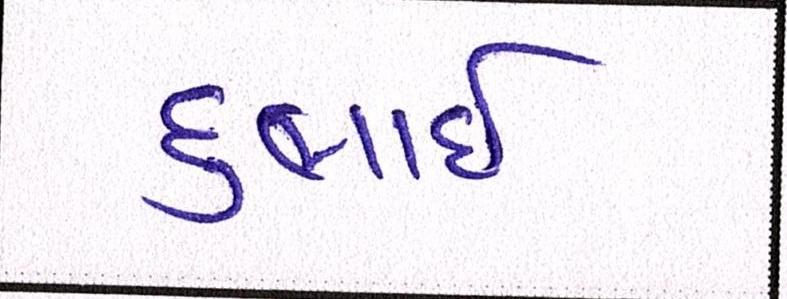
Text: દુભાઇ